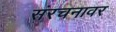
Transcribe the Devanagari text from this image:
संरचनावर